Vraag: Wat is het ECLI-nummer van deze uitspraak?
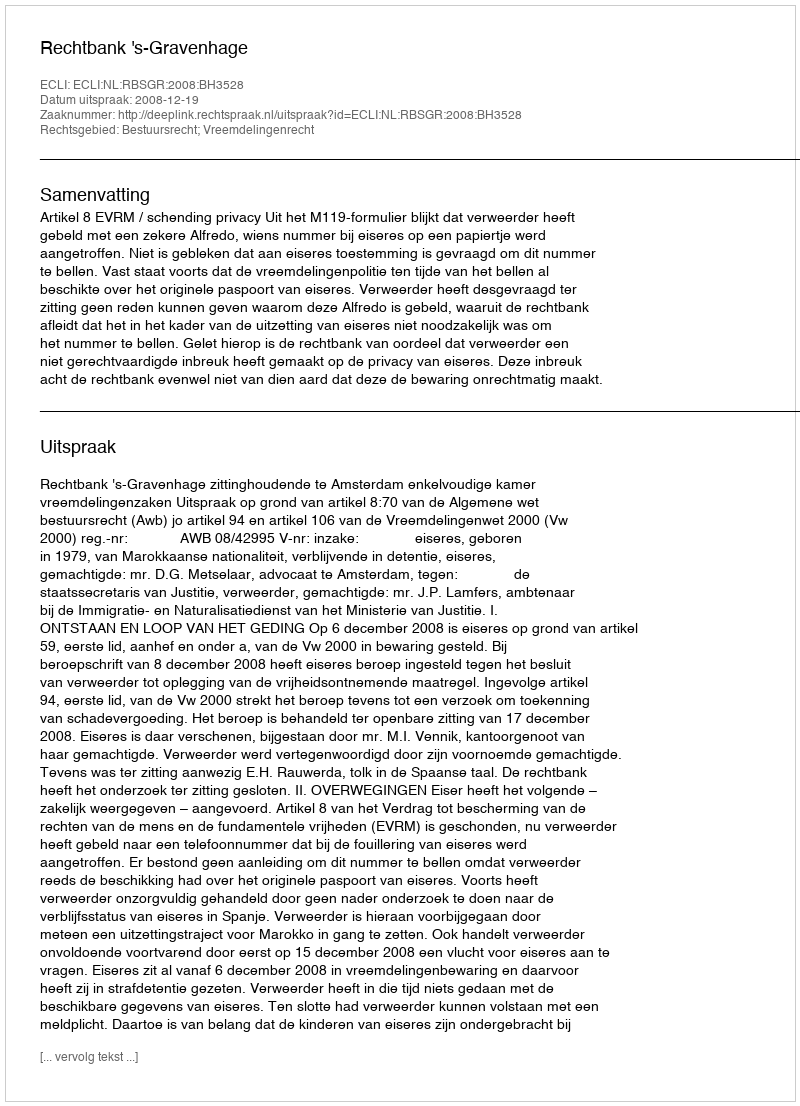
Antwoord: ECLI:NL:RBSGR:2008:BH3528